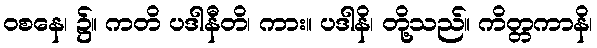
ဝစနေ၊ ၌။ ကတိ ပဒါနီတိ၊ ကား။ ပဒါနိ၊ တို့သည်။ ကိတ္တကာနိ၊